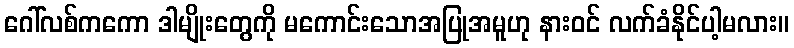
ဂေါ်လစ်ကကော ဒါမျိုးတွေကို မကောင်းသောအပြုအမူဟု နားဝင် လက်ခံနိုင်ပါ့မလား။